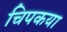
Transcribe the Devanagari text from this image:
चिपकया